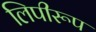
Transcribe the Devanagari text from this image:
लिपीरूप